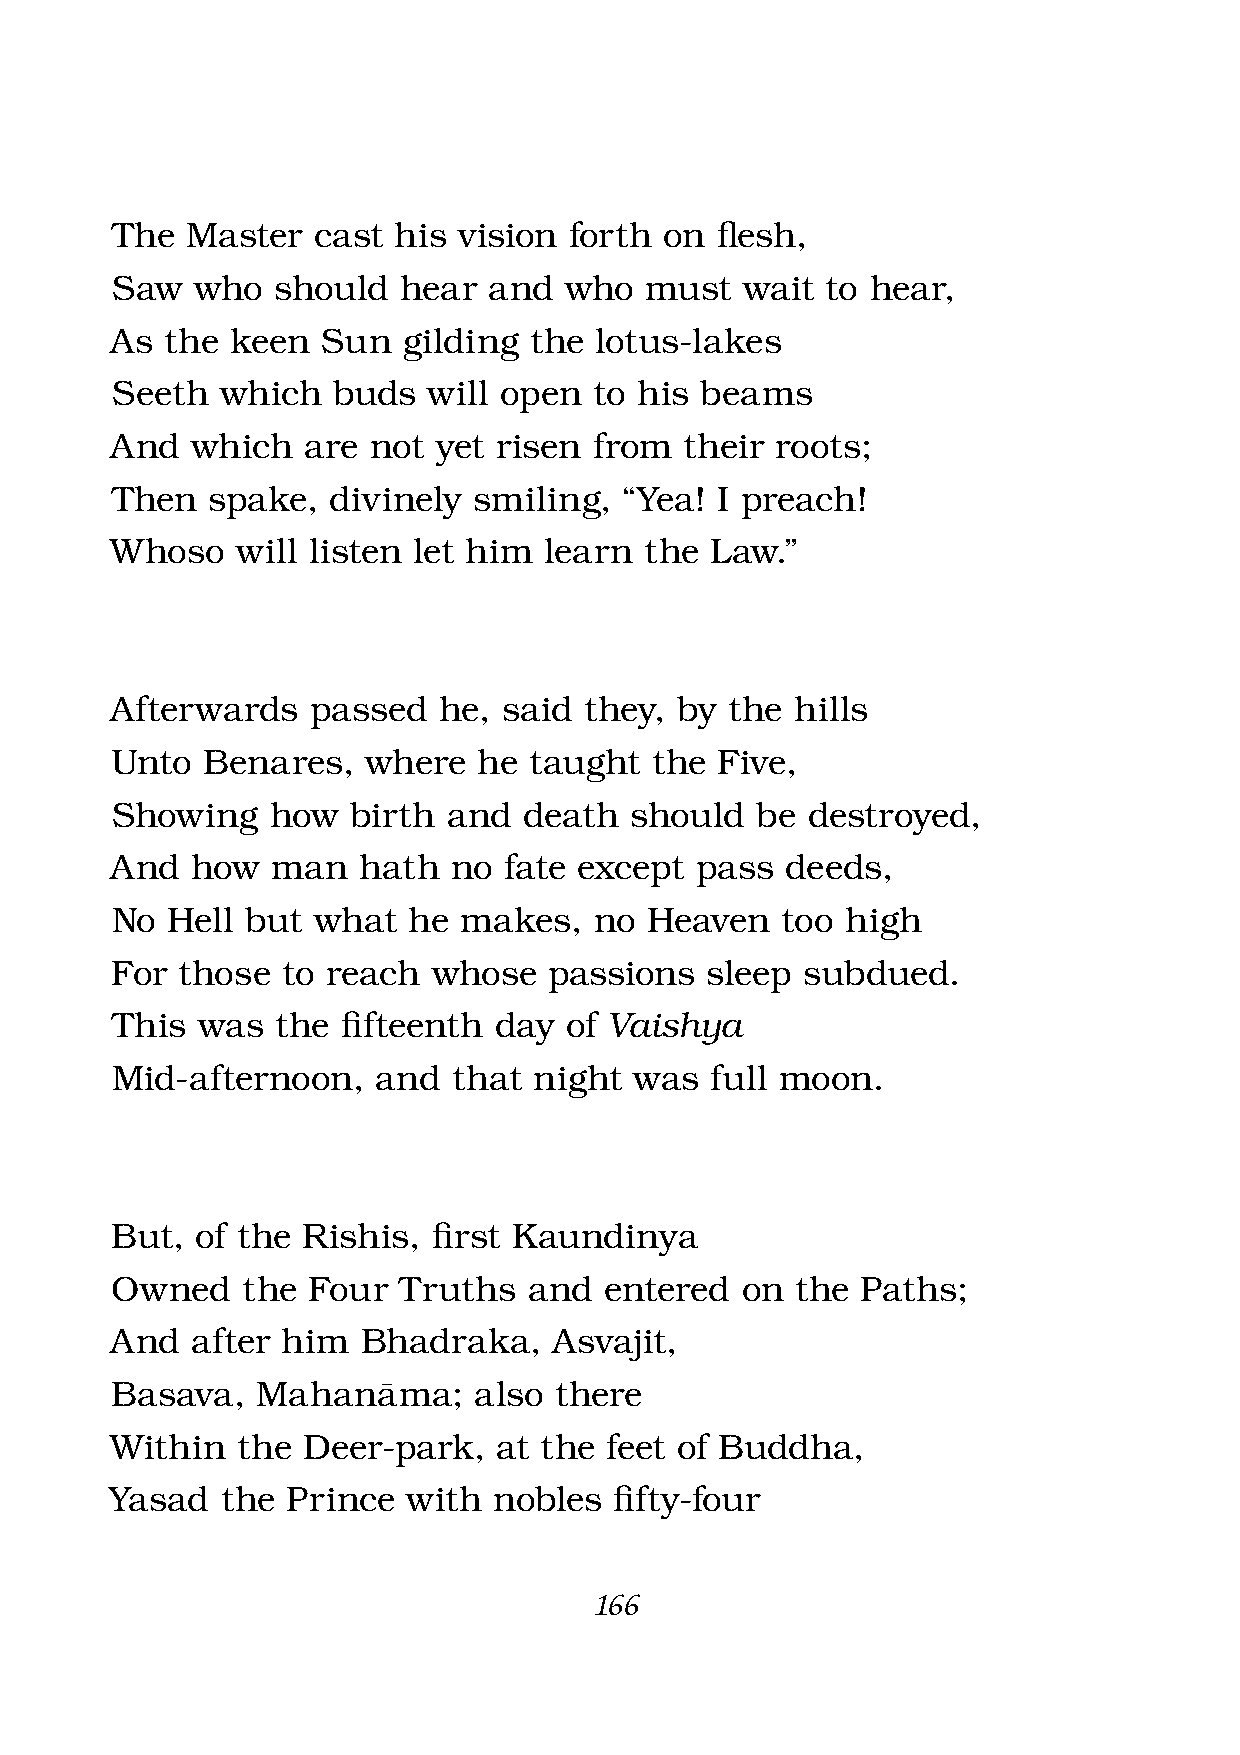
The  Master   cast his vision  forth on fl esh,
 Saw   who  should  hear  and  who   must  wait  to hear,
 As  the keen  Sun   gilding the lotus-lakes
 Seeth   which  buds  will open  to his beams
 And   which  are not  yet risen from  their roots;
 Then   spake,  divinely smiling,  “Yea! I preach!
 Whoso    will listen let him learn  the Law.”
 Afterwards    passed  he, said  they, by the  hills
 Unto  Benares,   where   he taught  the  Five,
 Showing    how  birth  and  death  should  be destroyed,
 And   how  man   hath  no fate except  pass  deeds,
 No  Hell but  what  he makes,   no  Heaven   too high
 For  those  to reach  whose  passions   sleep subdued.
 This  was  the  fi fteenth day of Vaishya
 Mid-afternoon,    and  that night  was  full moon.
 But,  of the Rishis,  fi rst Kaundinya
 Owned    the Four  Truths   and  entered  on  the Paths;
 And   after him  Bhadraka,    Asvajit,
 Basava,   Mahanàma;     also  there
 Within   the Deer-park,   at the feet of Buddha,
 Yasad   the Prince  with  nobles  fi fty-four
 166